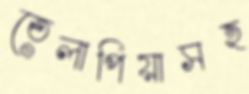
তেলাপিয়াসহ